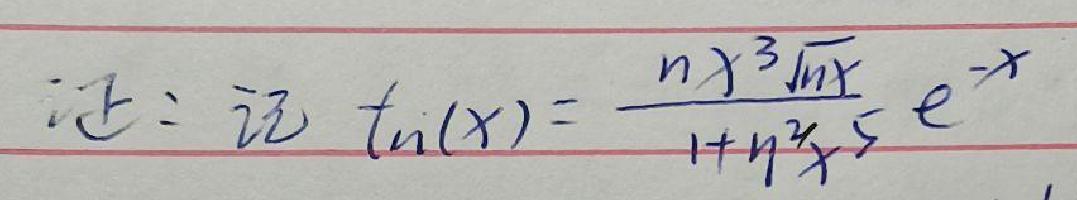
记: 记 $t_n(x)=\frac{nx^3\sqrt{nx}}{1 + n^2x^5}e^{-x}$